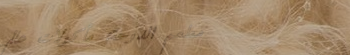
مطعم الدوحة: مأكولات عالم